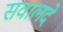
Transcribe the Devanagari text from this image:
सवालदे